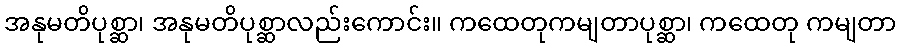
အနုမတိပုစ္ဆာ၊ အနုမတိပုစ္ဆာလည်းကောင်း။ ကထေတုကမျတာပုစ္ဆာ၊ ကထေတု ကမျတာ